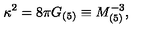
\kappa ^ { 2 } = 8 \pi G _ { ( 5 ) } \equiv M _ { ( 5 ) } ^ { - 3 } ,